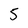
Character: 5